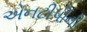
એનટીપીની